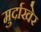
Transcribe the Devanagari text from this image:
मुर्दाखेर